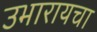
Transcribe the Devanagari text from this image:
उभारायचा